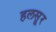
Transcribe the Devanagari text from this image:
हलसूर